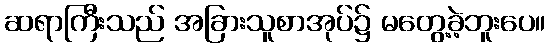
ဆရာကြီးသည် အခြားသူစာအုပ်၌ မတွေ့ခဲ့ဘူးပေ။